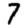
Digit: 7